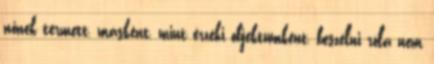
nőnek termett, másként, mint érzéki objektumként, beszélni róla nem